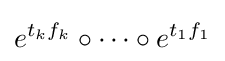
e^{t_{k}f_{k}}\circ \cdots \circ e^{t_{1}f_{1}}